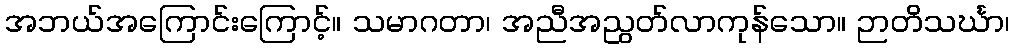
အဘယ်အကြောင်းကြောင့်။ သမာဂတာ၊ အညီအညွတ်လာကုန်သော။ ဉာတိသင်္ဃာ၊